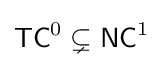
{\mathsf {TC}}^{0}\subsetneq {\mathsf {NC}}^{1}